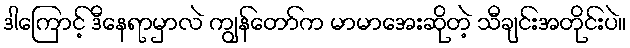
ဒါကြောင့် ဒီနေရာမှာလဲ ကျွန်တော်က မာမာအေးဆိုတဲ့ သီချင်းအတိုင်းပဲ။